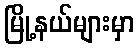
မြို့နယ်များမှာ